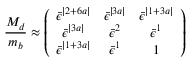
\frac { M _ { d } } { m _ { b } } \approx \left( \begin{array} { c c c } { { \bar { \epsilon } ^ { \mid 2 + 6 a \mid } } } & { { \bar { \epsilon } ^ { \mid 3 a \mid } } } & { { \bar { \epsilon } ^ { \mid 1 + 3 a \mid } } } \\ { { \bar { \epsilon } ^ { \mid 3 a \mid } } } & { { \bar { \epsilon } ^ { 2 } } } & { { \bar { \epsilon } ^ { 1 } } } \\ { { \bar { \epsilon } ^ { \mid 1 + 3 a \mid } } } & { { \bar { \epsilon } ^ { 1 } } } & { { 1 } } \end{array} \right)